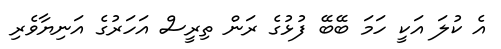
އެ ކުލަ އަކީ ހަމަ ބޭބޭ ފުޅުގެ ރަން ތިރީސް އަހަރުގެ އަނިޔާވެރި